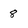
Character: 8